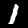
Digit: 1